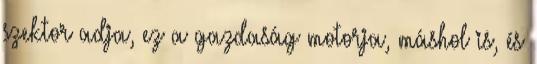
szektor adja, ez a gazdaság motorja, máshol is, és